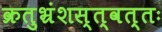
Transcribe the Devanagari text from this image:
क्रतुभ्रंशस्त्वत्तः